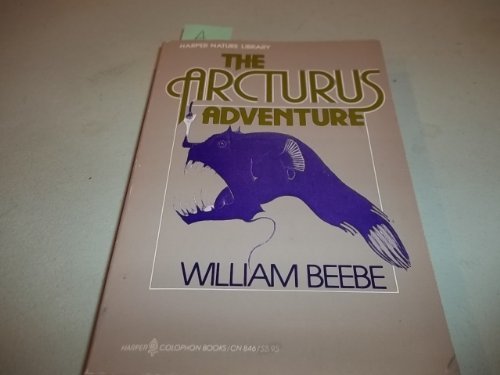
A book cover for Arcturus Adventure; William Beebe; Travel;